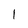
Character: 1